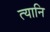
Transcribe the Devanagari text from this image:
त्यानि